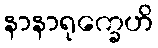
နာနာရုက္ခေဟိ